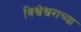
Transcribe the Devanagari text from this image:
विश्वेश्वराच्या